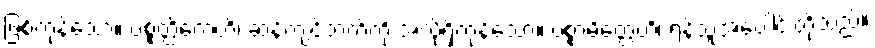
ဖြစ်ကုန်သော။ ပစ္စတ္ထိကေဟိ၊ ဆန့်ကျင်ဘက်ကို အလိုရှိကုန်သော။ ပစ္စာမိတ္တေဟိ၊ ရန်သူအပေါင်းတို့သည်။